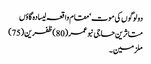
دولوگوں کی موت‘ مقام واقعہ لیسادہ گاؤں
متاثرین حاجی نبو عمر (80)ظفرین (75)
ملزمین ۔